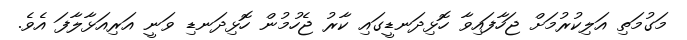
މަގުމަތި އަލިކުރުމަށް ޖަހާފައިވާ ހޮޅިދަނޑީގައި ކާރު ޖެހުމުން ހޮޅިދަނޑި ވަނީ އަރިއަޅާލާފަ އެވެ.